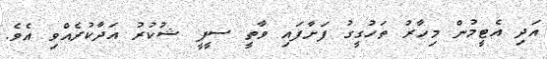
އަދި އެޓީމުން މިހާރު ތަހުގީގު ފަށާފައި ވާތީ ސީޕީ ޝުކުރު އަދާކުރެއްވި އެވެ.